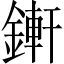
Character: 𨪚